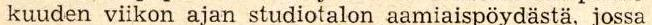
kuuden viikon ajan studiotalon aamiaispöydästä, jossa